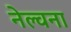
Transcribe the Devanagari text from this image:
नेल्वना